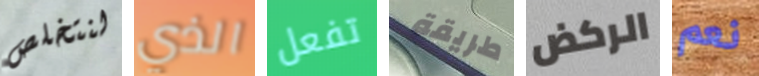
لنتخلص الذي تفعل طريقة الركض نعم